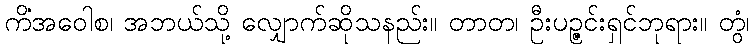
ကိံအဝေါစ၊ အဘယ်သို့ လျှောက်ဆိုသနည်း။ တာတ၊ ဦးပဉ္ဇင်းရှင်ဘုရား။ တွံ၊